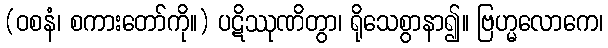
(ဝစနံ၊ စကားတော်ကို။) ပဋိဿုဏိတွာ၊ ရိုသေစွာနာ၍။ ဗြဟ္မလောကေ၊